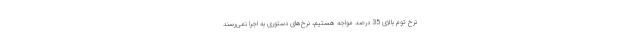
نرخ توم بالای 35 درصد مواجه هستیم، نرخ‌های دستوری به اجرا نمی‌رسند